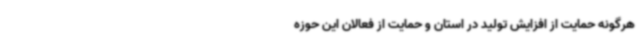
هرگونه حمایت از افزایش تولید در استان و حمایت از فعالان این حوزه